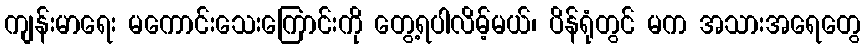
ကျန်းမာရေး မကောင်းသေးကြောင်းကို တွေ့ရပါလိမ့်မယ်၊ ပိန်ရုံတွင် မက အသားအရေတွေ